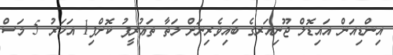
އިންޑިއަން އައިޑޮލް ޖޫނިއަރގެ ބައިވެރިނަށް ލަތާ ތަޢުރީފު ކޮށްފި1 އަހަރު 5 މަސް